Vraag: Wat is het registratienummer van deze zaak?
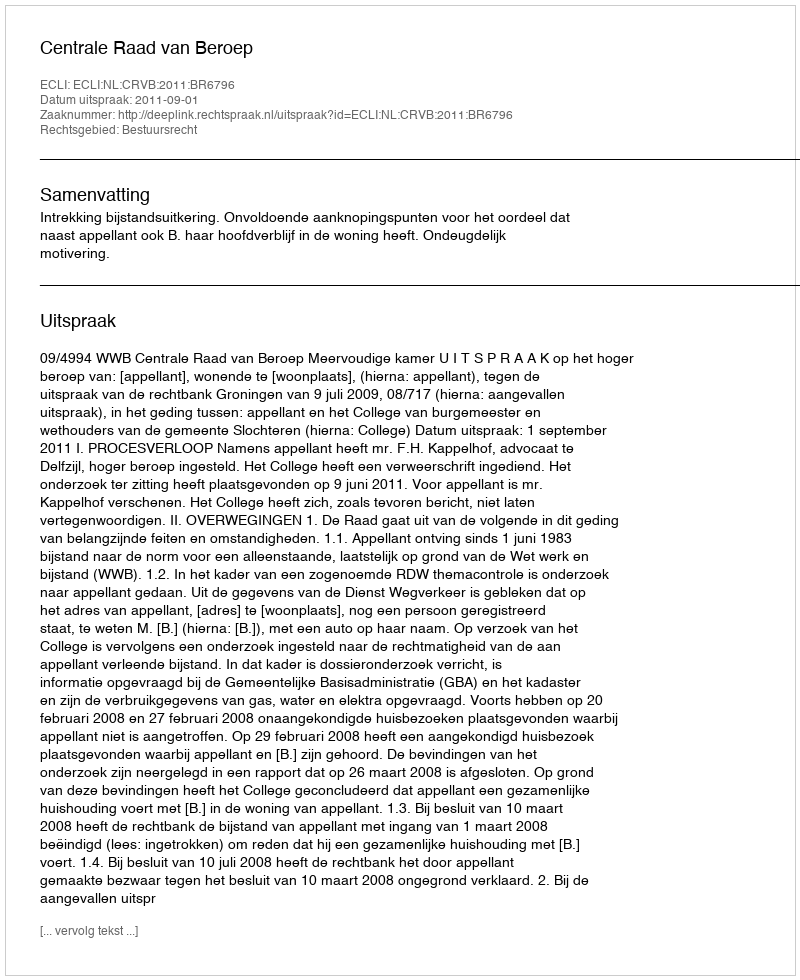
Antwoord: http://deeplink.rechtspraak.nl/uitspraak?id=ECLI:NL:CRVB:2011:BR6796